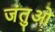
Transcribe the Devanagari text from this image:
जंतुओ